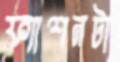
ফ্যাশনটা